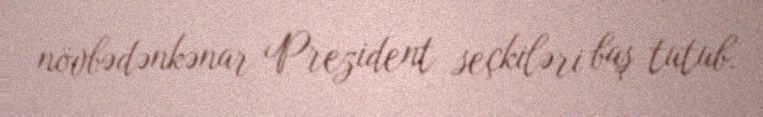
növbədənkənar Prezident seçkiləri baş tutub.